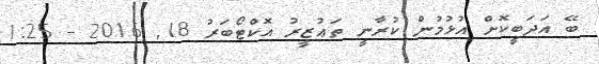
ބޭ އަދަބީކޮށް އުޅުމުން ކުރާނީ ތަޢުޒީރު އޮކްޓޯބަރު 18